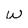
Character: W